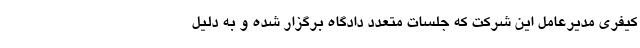
کیفری مدیرعامل این شرکت که جلسات متعدد دادگاه برگزار شده و به دلیل